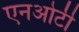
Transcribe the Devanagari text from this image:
एनओटी